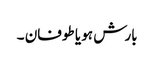
بارش ہو یا طوفان ۔